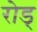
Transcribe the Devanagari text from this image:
रोड्